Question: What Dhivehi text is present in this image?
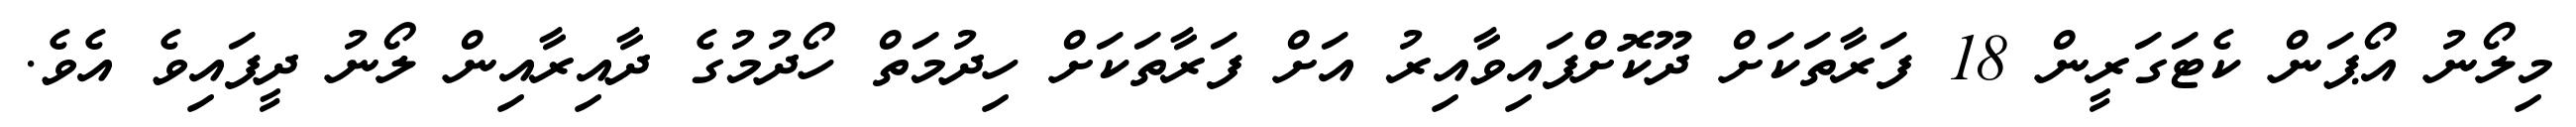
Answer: މިލޯނު އޯޕަން ކެޓަގަރީން 18 ފަރާތަކަށް ދޫކޮށްފައިވާއިރު އަށް ފަރާތަކަށް ހިދުމަތް ހޯދުމުގެ ދާއިރާއިން ލޯނު ދީފައިވެ އެވެ.